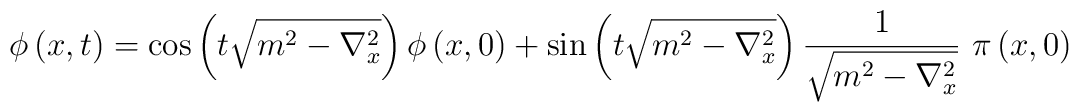
\phi\left(  x,t\right)  =\cos\left(  t\sqrt{m^{2}-\nabla_{x}^{2}}\right)\phi\left(  x,0\right)  +\sin\left(  t\sqrt{m^{2}-\nabla_{x}^{2}}\right)\frac{1}{\sqrt{m^{2}-\nabla_{x}^{2}}}~ \pi\left(  x,0\right)